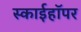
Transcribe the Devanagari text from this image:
स्काईहॉपर